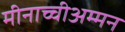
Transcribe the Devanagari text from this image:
मीनाच्चीअम्मन